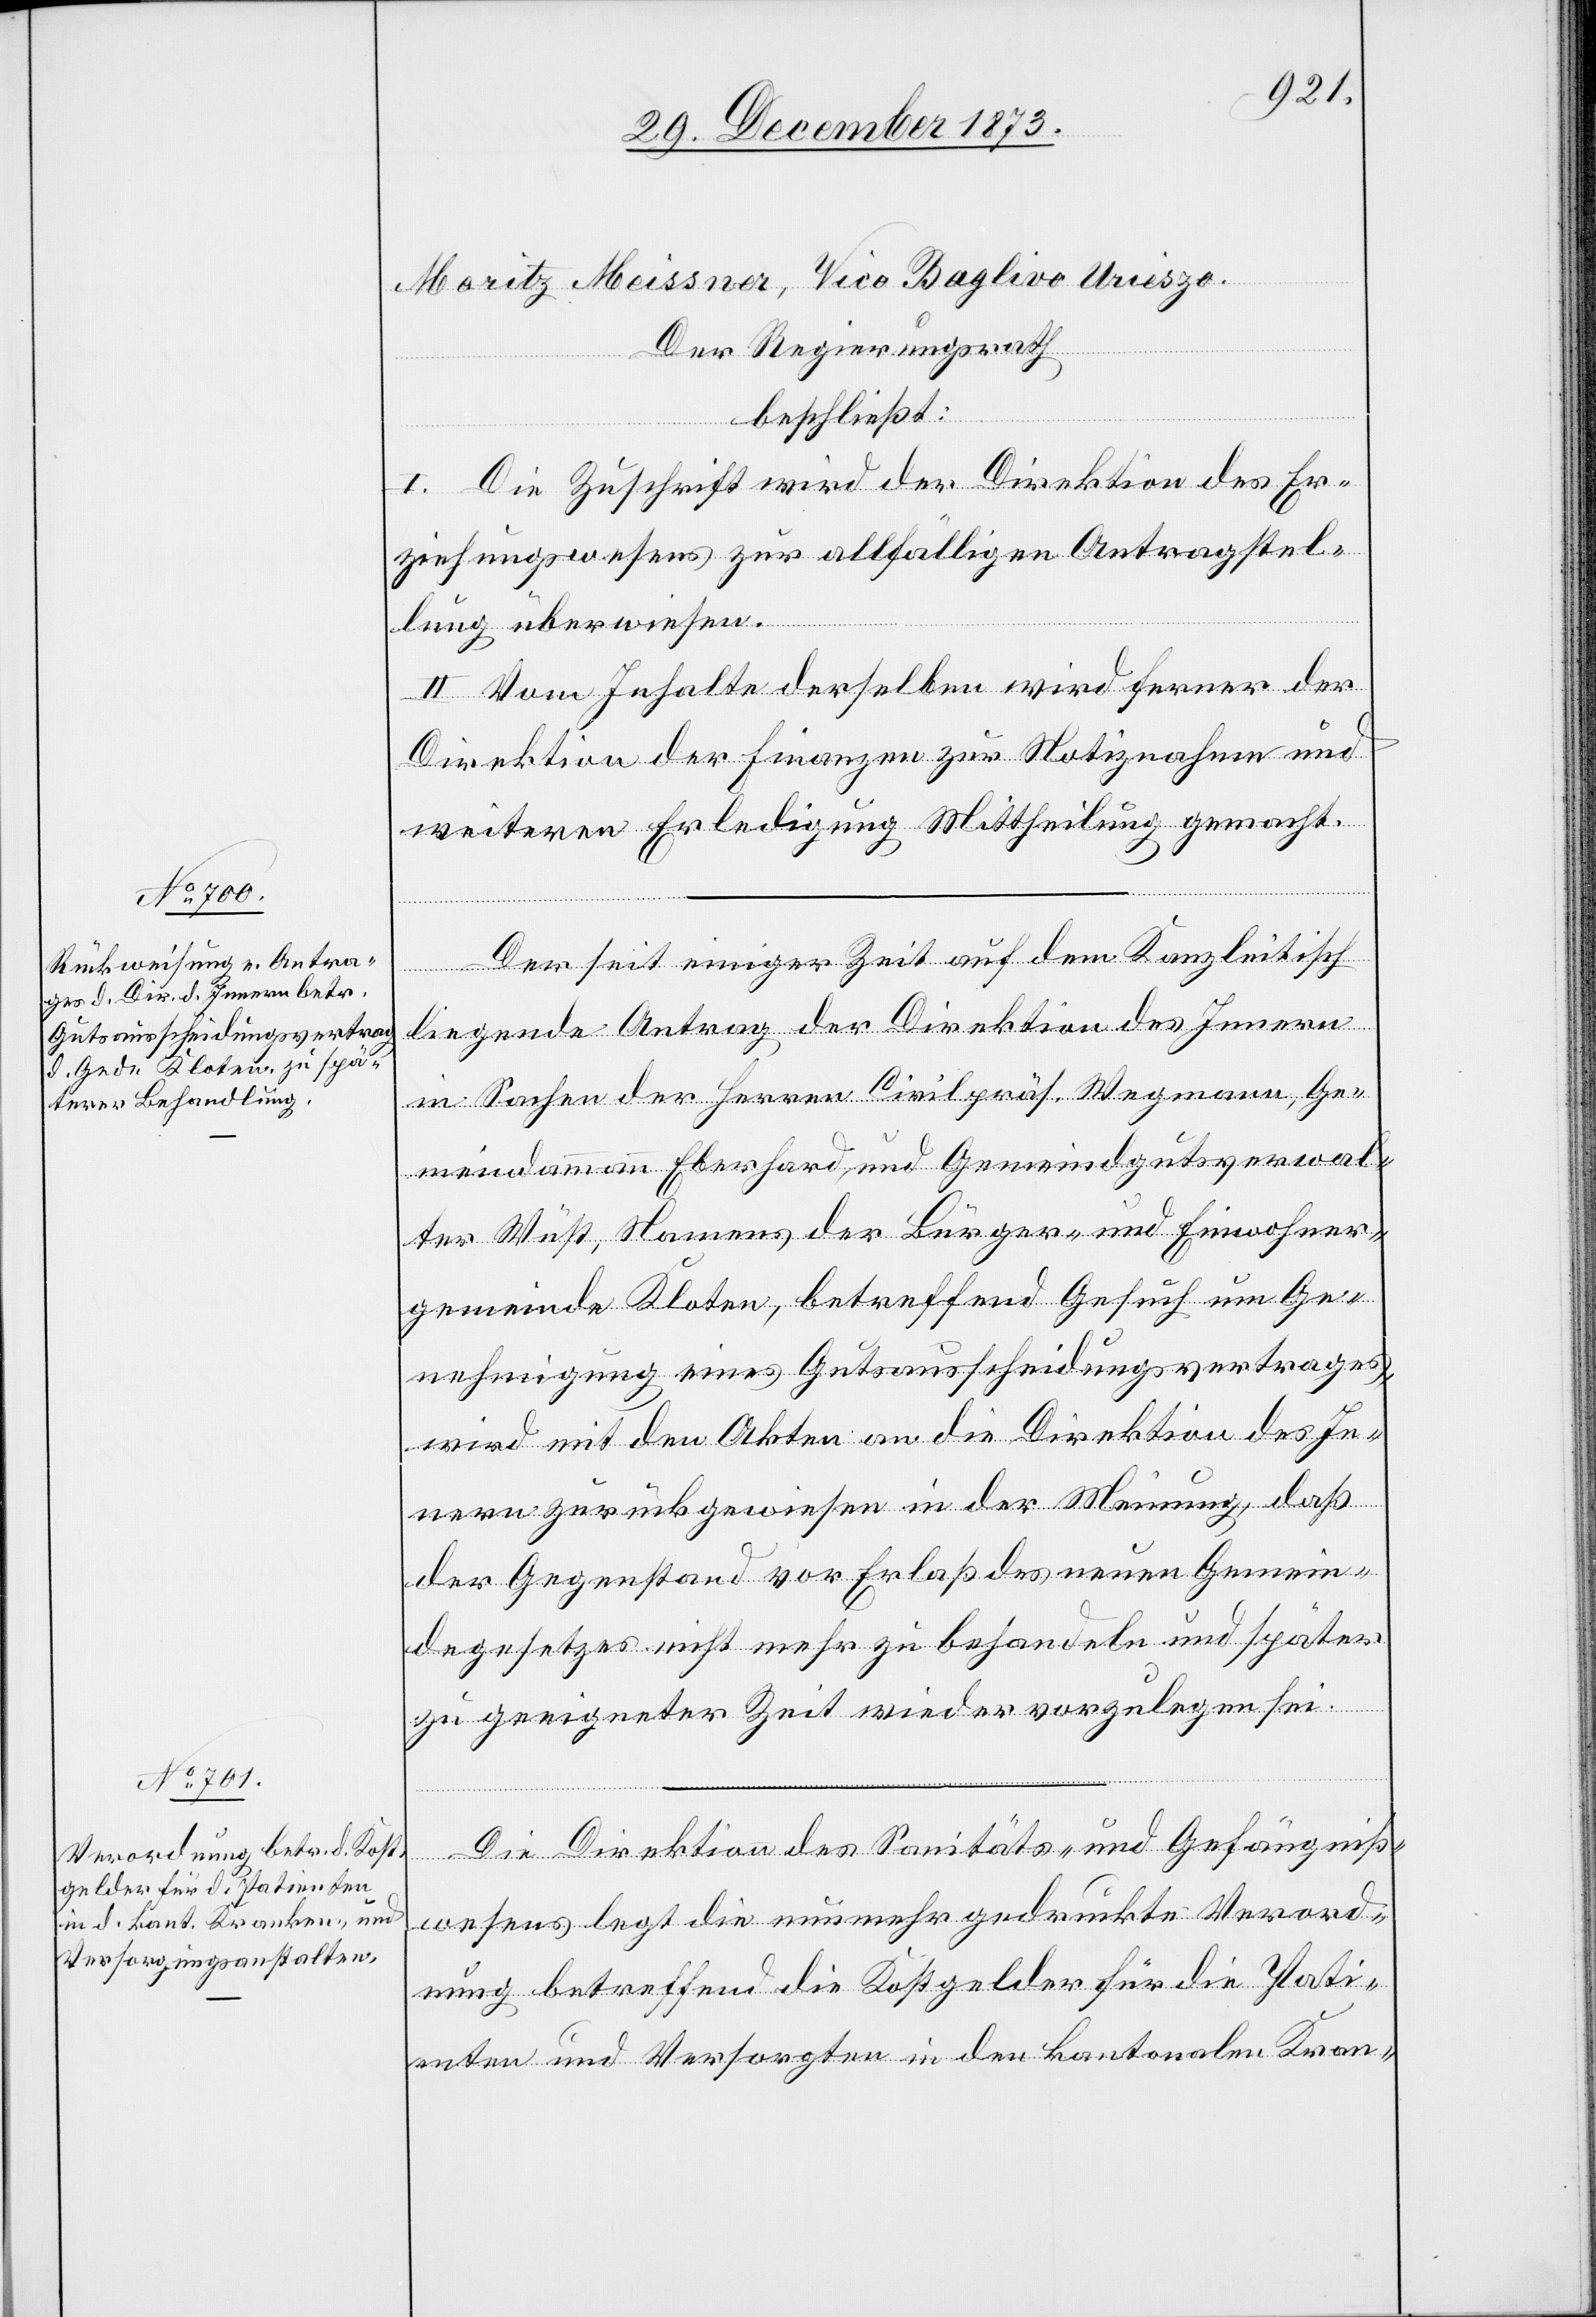
Moritz Meissner, Vico Baglivo Urieszo.
Der Regierungsrath
beschließt:
I. Die Zuschrift wird der Direktion des Er¬
ziehungswesens zur allfälligen Antragstel¬
lung überwiesen.
II. Vom Inhalte derselben wird ferner der
Direktion der Finanzen zur Notiznahme und
weiteren Erledigung Mittheilung gemacht.
Der seit einiger Zeit auf dem Kanzleitisch
liegende Antrag der Direktion des Innern
in Sachen der Herren Civilpräs. Wegmann, Ge¬
meindammann Eberhard, und Gemeindgutsverwal¬
ter Wüst, Namens der Bürger- und Einwohner¬
gemeinde Kloten, betreffend Gesuch um Ge¬
nehmigung eines Gutsausscheidungsvertrages,
wird mit den Akten an die Direktion des In¬
nern zurückgewiesen in der Meinung, daß
der Gegenstand vor Erlaß des neuen Gemein¬
degesetzes nicht mehr zu behandeln und später
zu geeigneter Zeit wieder vorzulegen sei.
Die Direktion des Sanitäts- und Gefängniß¬
wesens legt die nunmehr gedruckte Verord¬
nung betreffend die Kostgelder für die Pati¬
enten und Versorgten in den kantonalen Kran-